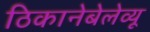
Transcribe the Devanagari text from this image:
ठिकानेबेलेव्यू